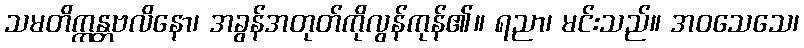
သမတိက္ကန္တဗလိနော၊ အခွန်အတုတ်ကိုလွန်ကုန်၏။ ရညာ၊ မင်းသည်။ အဝသေသေ၊